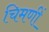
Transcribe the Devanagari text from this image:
चिमणीं